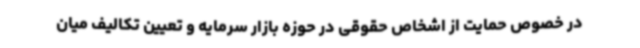
در خصوص حمایت از اشخاص حقوقی در حوزه بازار سرمایه و تعیین تکالیف میان